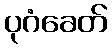
ပုဂံခေတ်